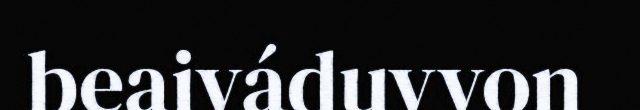
beaiváduvvon